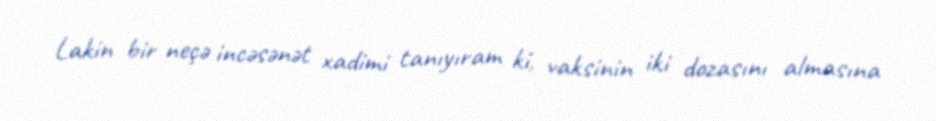
Lakin bir neçə incəsənət xadimi tanıyıram ki, vaksinin iki dozasını almasına